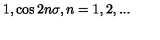
1 , \cos 2 n \sigma , n = 1 , 2 , . . .